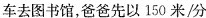
车去图书馆，爸爸先以150米/分